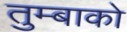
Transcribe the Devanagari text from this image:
तुम्बाको